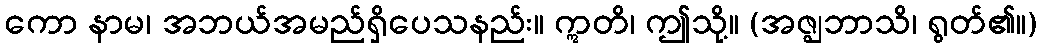
ကော နာမ၊ အဘယ်အမည်ရှိပေသနည်း။ ဣတိ၊ ဤသို့။ (အဇ္ဈဘာသိ၊ ရွတ်၏။)